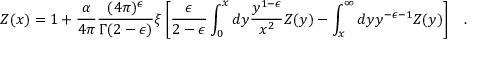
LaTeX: { \cal Z } ( x ) = 1 + \frac { \alpha } { 4 \pi } \frac { ( 4 \pi ) ^ { \epsilon } } { \Gamma ( 2 - \epsilon ) } \xi \left[ { \frac { \epsilon } { 2 - \epsilon } } \int _ { 0 } ^ { x } d y { \frac { y ^ { 1 - \epsilon } } { x ^ { 2 } } } { \cal Z } ( y ) - \int _ { x } ^ { \infty } d y y ^ { - \epsilon - 1 } { \cal Z } ( y ) \right] \; \; \; .